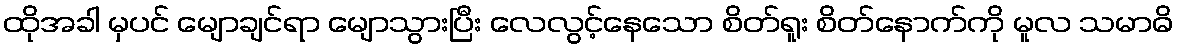
ထိုအခါ မှပင် မျောချင်ရာ မျောသွားပြီး လေလွင့်နေသော စိတ်ရူး စိတ်နောက်ကို မူလ သမာဓိ